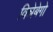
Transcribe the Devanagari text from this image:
विन्नेबेगो